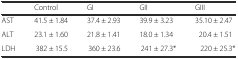
|  | Control | GI | GII | GIII |
 | --- | --- | --- | --- | --- |
 | AST | 41.5 ± 1.84 | 37.4 ± 2.93 | 39.9 ± 3.23 | 35.10 ± 2.47 |
 | ALT | 23.1 ± 1.60 | 21.8 ± 1.41 | 18.0 ± 1.34 | 20.4 ± 1.51 |
 | LDH | 382 ± 15.5 | 360 ± 23.6 | 241 ± 27.3* | 220 ± 25.3* |